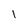
Character: 1